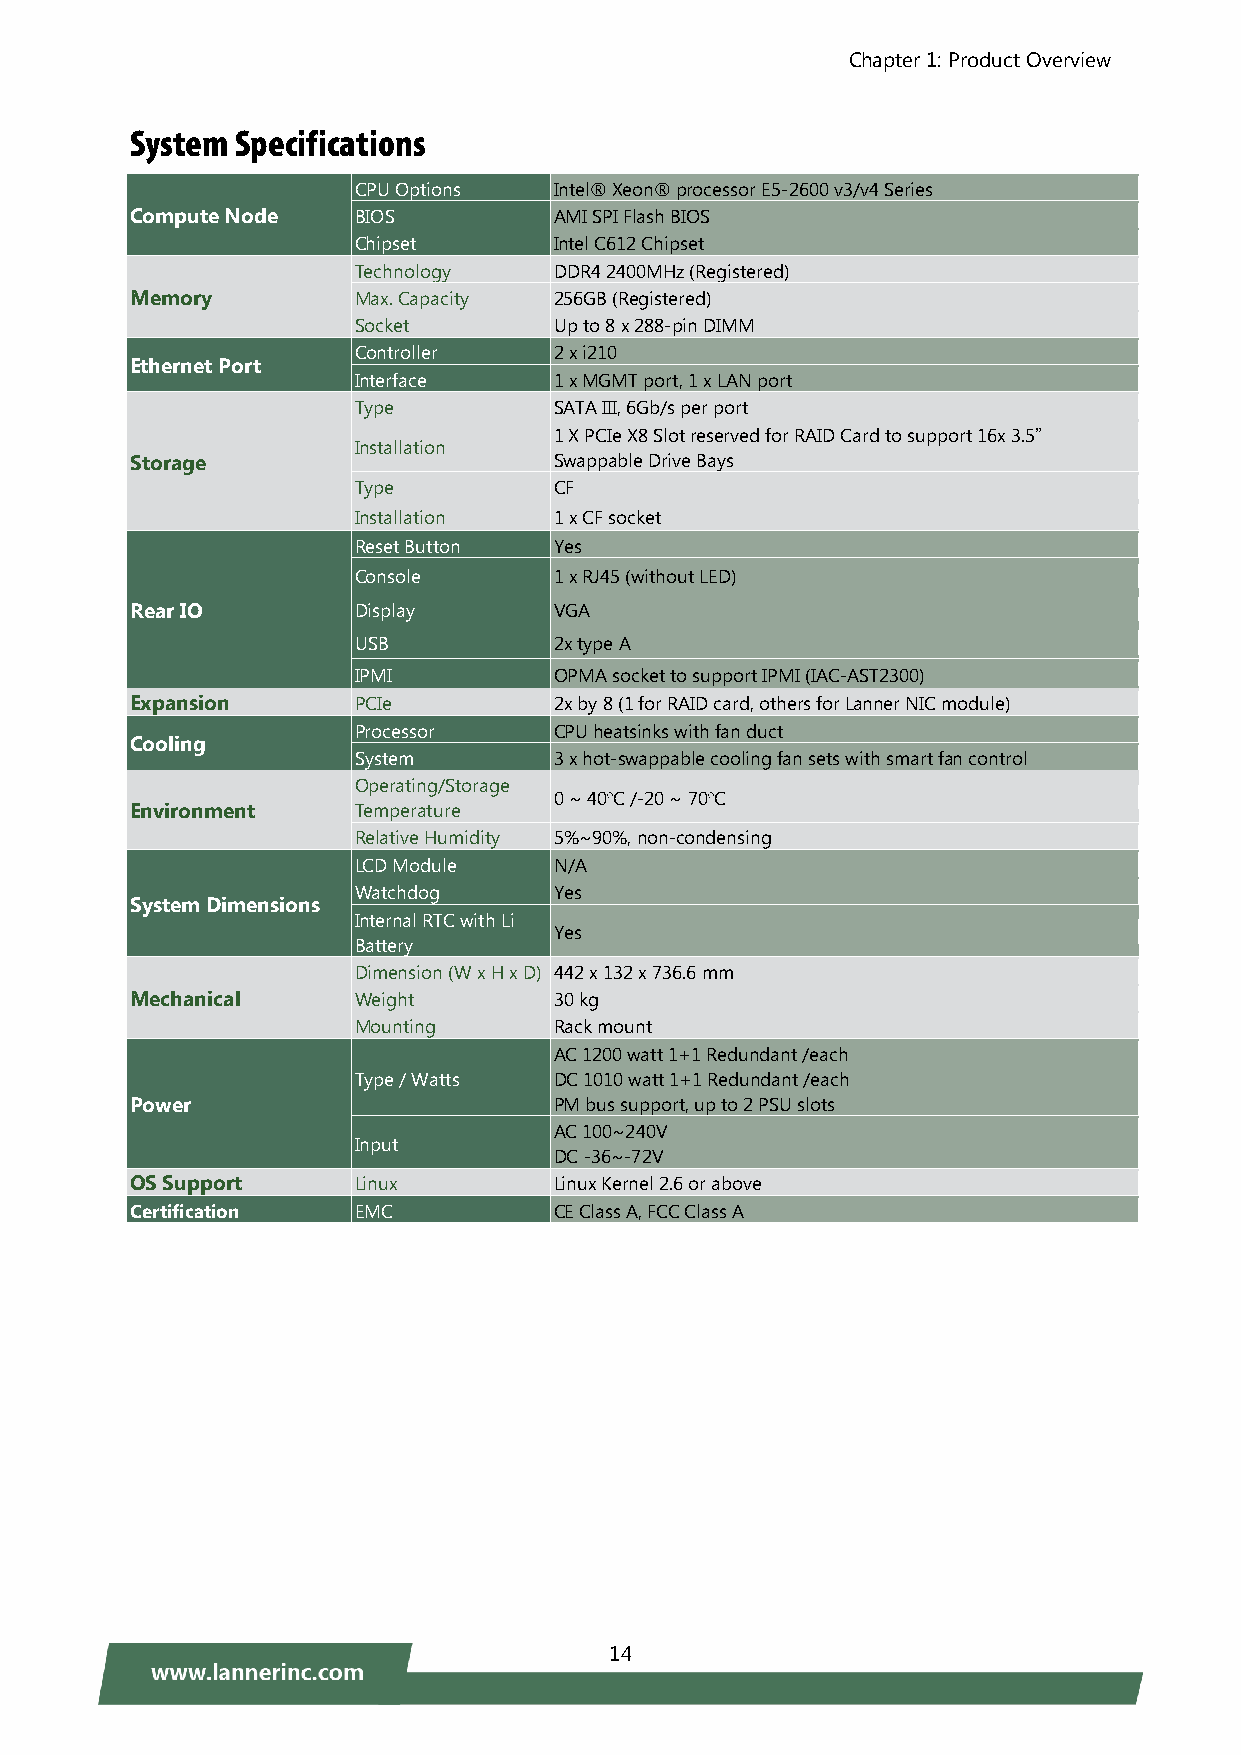
Chapter 1: Product Overview
 System Specifications
 CPU Options   Intel® Xeon® processor E5-2600 v3/v4 Series
 Compute Node  BIOS          AMI SPI Flash BIOS
 Chipset       Intel C612 Chipset
 Technology    DDR4 2400MHz (Registered)
 Memory        Max. Capacity 256GB (Registered)
 Socket        Up to 8 x 288-pin DIMM
 Controller    2 x i210
 Ethernet Port
 Interface     1 x MGMT port, 1 x LAN port
 Type          SATA III, 6Gb/s per port
 1 X PCIe X8 Slot reserved for RAID Card to support 16x 3.5”
 Installation
 Storage                     Swappable Drive Bays
 Type          CF
 Installation  1 x CF socket
 Reset Button  Yes
 Console       1 x RJ45 (without LED)
 Rear IO       Display       VGA
 USB           2x type A
 IPMI          OPMA socket to support IPMI (IAC-AST2300)
 Expansion     PCIe          2x by 8 (1 for RAID card, others for Lanner NIC module)
 Processor     CPU heatsinks with fan duct
 Cooling
 System        3 x hot-swappable cooling fan sets with smart fan control
 Operating/Storage
 0 ~ 40ºC /-20 ~ 70ºC
 Environment   Temperature
 Relative Humidity 5%~90%, non-condensing
 LCD Module    N/A
 Watchdog      Yes
 System Dimensions
 Internal RTC with Li
 Yes
 Battery
 Dimension (W x H x D) 442 x 132 x 736.6 mm
 Mechanical    Weight        30 kg
 Mounting      Rack mount
 AC 1200 watt 1+1 Redundant /each
 Type / Watts  DC 1010 watt 1+1 Redundant /each
 Power                       PM bus support, up to 2 PSU slots
 AC 100~240V
 Input
 DC -36~-72V
 OS Support    Linux         Linux Kernel 2.6 or above
 Certification EMC           CE Class A, FCC Class A
 14